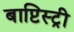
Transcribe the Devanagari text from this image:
बाप्टिस्ट्री